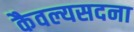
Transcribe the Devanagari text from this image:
कैवल्यसदना